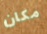
مكان